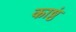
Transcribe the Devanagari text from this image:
काष्ठं